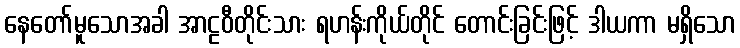
နေတော်မူသောအခါ အာဠဝီတိုင်းသား ရဟန်းကိုယ်တိုင် တောင်းခြင်းဖြင့် ဒါယကာ မရှိသော